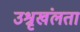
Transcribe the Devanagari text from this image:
उश्रृखंलता